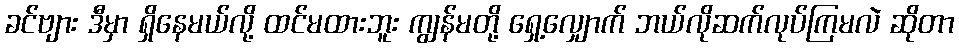
ခင်ဗျား ဒီမှာ ရှိနေမယ်လို့ ထင်မထားဘူး ကျွန်မတို့ ရှေ့လျှောက် ဘယ်လိုဆက်လုပ်ကြမလဲ ဆိုတာ